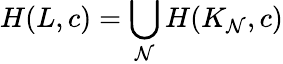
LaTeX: H(L,c)=\bigcup_{\mathcal{N}}H(K_{\mathcal{N}},c)